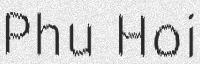
Phu Hoi